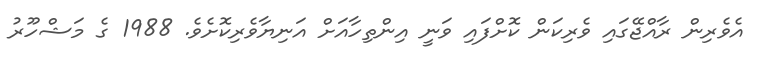
އެވެރިން ރާއްޖޭގައި ވެރިކަން ކޮށްފައި ވަނީ އިންތިހާއަށް އަނިޔާވެރިކޮށެވެ. 1988 ގެ މަޝްހޫރު